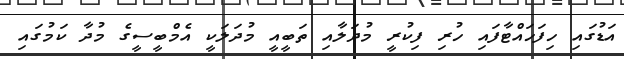
އަޑުގައި ހިފަހައްޓާފައި ހުރި ފިކުރީ މުދަލާއި ތަބީއީ މުދަލަކީ އެމްބީސީގެ މުދާ ކަމުގައި